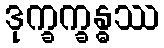
ဒုက္ခက္ခန္ဓဿ